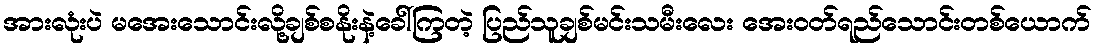
အားလုံးပဲ မအေးသောင်းလို့ချစ်စနိုးနဲ့ခေါ်ကြတဲ့ ပြည်သူချစ်မင်းသမီးလေး အေးဝတ်ရည်သောင်းတစ်ယောက်